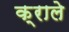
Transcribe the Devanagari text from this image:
क्राले